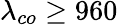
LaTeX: \lambda_{co}\geq 960